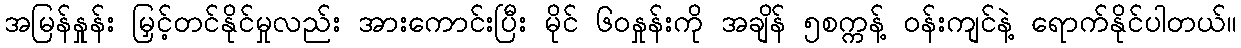
အမြန်နှုန်း မြှင့်တင်နိုင်မှုလည်း အားကောင်းပြီး မိုင် ၆၀နှုန်းကို အချိန် ၅စက္ကန့် ၀န်းကျင်နဲ့ ရောက်နိုင်ပါတယ်။